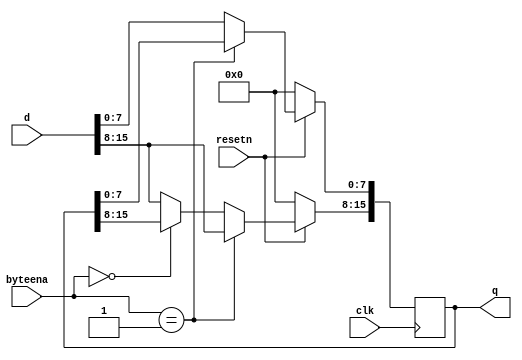
module top_module (
    input clk,
    input resetn,
    input [1:0] byteena,
    input [15:0] d,
    output [15:0] q
);

    always @(posedge clk)
        if (!resetn)
            q<={16'b0};
    else if (byteena==2'b01)
        q[15:8] <= d [15:8];
    else if (byteena==2'b00)
        q[7:0] <= d[7:0];
    	else 
            q<=d;
                
endmodule